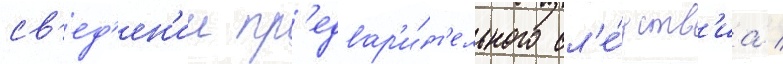
св'ед'ен'ии пр'едвар'и́т'ельного сл'е́дств'иа /